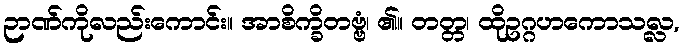
ဉာဏ်ကိုလည်းကောင်း။ အာစိက္ခိတဗ္ဗံ၊ ၏။ တတ္တ၊ ထိုဥဂ္ဂဟကောသလ္လ,